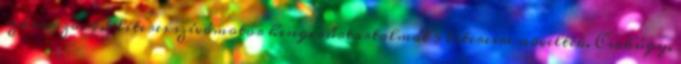
származó, 4,5 literes szívómotor hengerűrtartalmát 5 literesre növelték. Csakúgy,